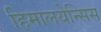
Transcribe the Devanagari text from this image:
हिमालयेन्सिस